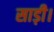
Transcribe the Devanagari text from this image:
साड़ी।